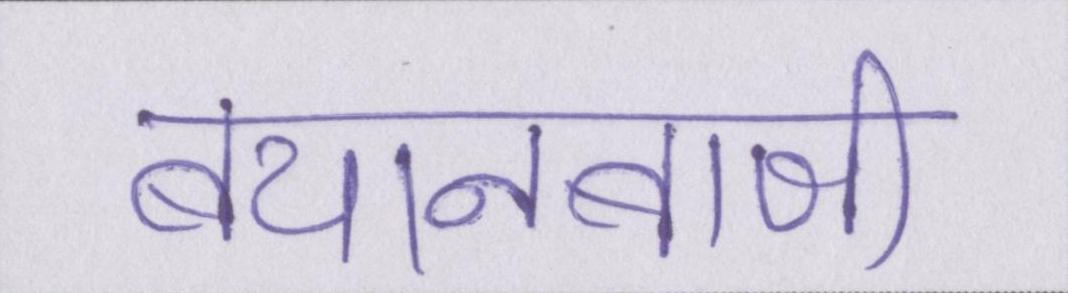
बयानबाजी